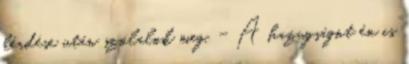
kérdése után szólalok meg. - A hazugságot én is